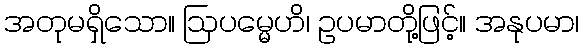
အတုမရှိသော။ ဩပမ္မေဟိ၊ ဥပမာတို့ဖြင့်။ အနုပမာ၊